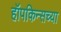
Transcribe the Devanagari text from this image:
हॉपकिन्सच्या